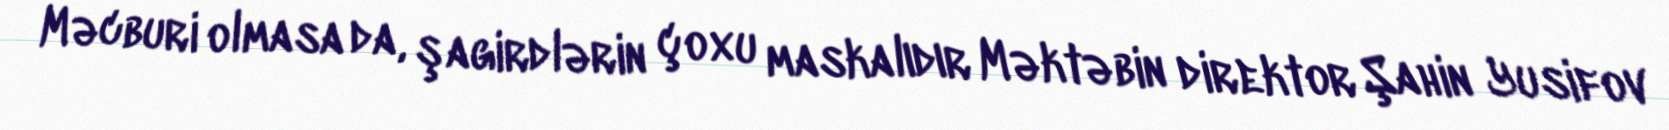
Məcburi olmasa da, şagirdlərin çoxu maskalıdır Məktəbin direktor Şahin Yusifov